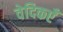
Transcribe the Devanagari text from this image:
वेदिकएँ